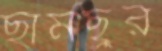
ছামছুর